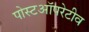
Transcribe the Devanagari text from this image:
पोस्टऑपरेटीव